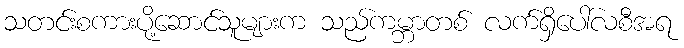
သတင်းစကားပို့ဆောင်သူများက သည်ကမ္ဘာတစ် လက်ရှိပေါ်လစီအရ